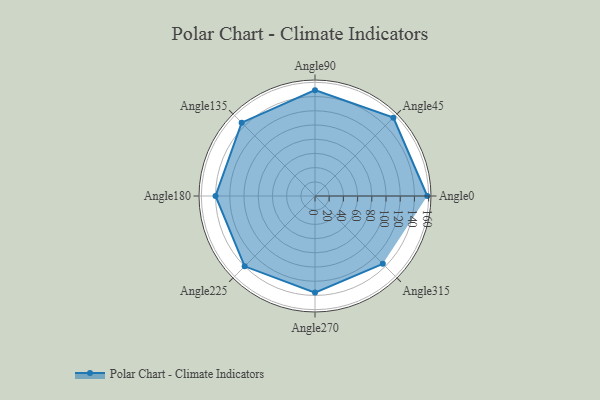
{"axis": {"x": "Angle", "y": "Radius"}, "legend": [""], "data": [{"x": "Angle0", "y": 158.0, "type": ""}, {"x": "Angle45", "y": 156.0, "type": ""}, {"x": "Angle90", "y": 149.0, "type": ""}, {"x": "Angle135", "y": 146.0, "type": ""}, {"x": "Angle180", "y": 140.0, "type": ""}, {"x": "Angle225", "y": 140.0, "type": ""}, {"x": "Angle270", "y": 136.0, "type": ""}, {"x": "Angle315", "y": 135.0, "type": ""}]}